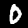
Digit: 0